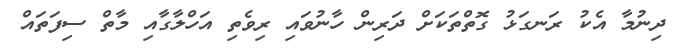
ދިނުމާ އެކު ރަނގަޅު ގޮތްތަކަށް ދަރިން ހާނުވައި ރިވެތި އަހްލާގާއި މާތް ސިފަތައް